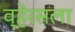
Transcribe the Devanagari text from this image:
व्हेरसला